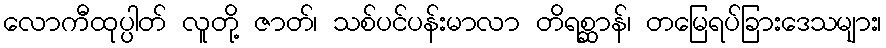
လောကီထုပ္ပါတ် လူတို့ ဇာတ်၊ သစ်ပင်ပန်းမာလာ တိရစ္ဆာန်၊ တမြေရပ်ခြားဒေသများ၊